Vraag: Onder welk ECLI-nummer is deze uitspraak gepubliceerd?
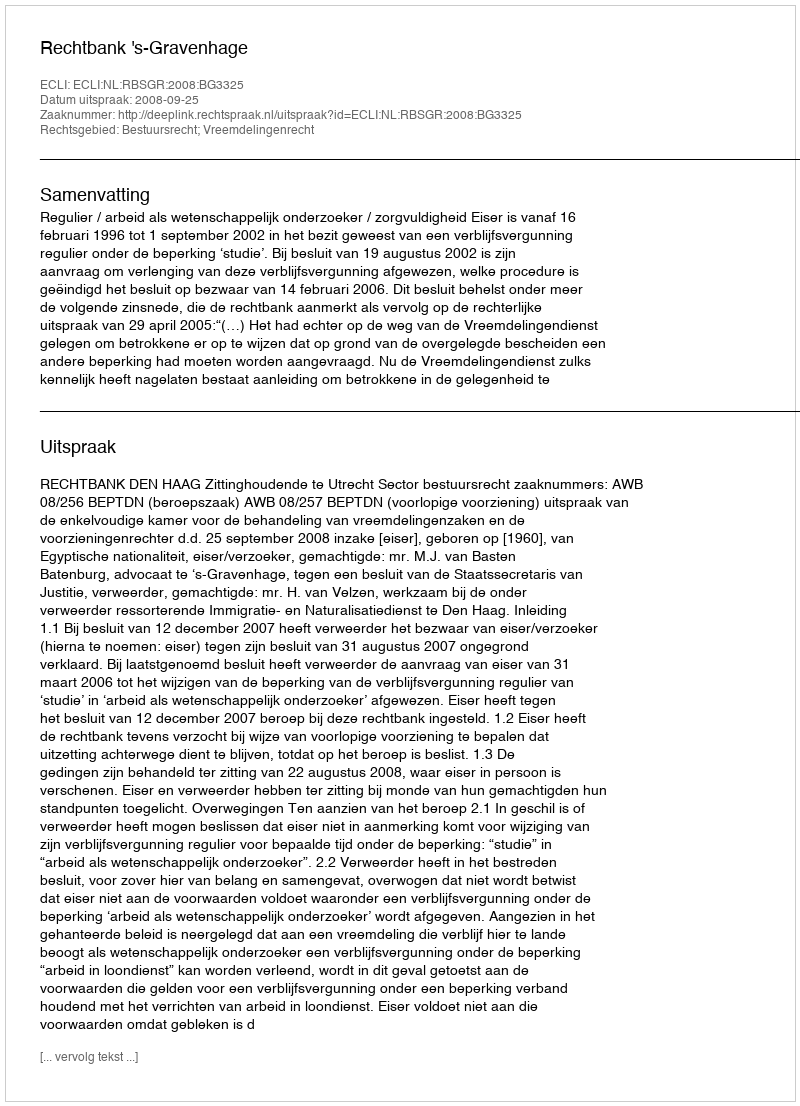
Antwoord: ECLI:NL:RBSGR:2008:BG3325